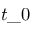
t \_ 0